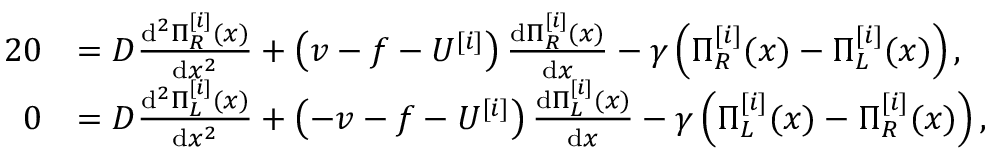
\begin{array} { r l } { { 2 } 0 } & { = D \frac { \mathrm { d } ^ { 2 } \Pi _ { R } ^ { [ i ] } ( x ) } { \mathrm { d } x ^ { 2 } } + \left( v - f - U ^ { [ i ] } \right) \frac { \mathrm { d } \Pi _ { R } ^ { [ i ] } ( x ) } { \mathrm { d } x } - \gamma \left( \Pi _ { R } ^ { [ i ] } ( x ) - \Pi _ { L } ^ { [ i ] } ( x ) \right) , } \\ { 0 } & { = D \frac { \mathrm { d } ^ { 2 } \Pi _ { L } ^ { [ i ] } ( x ) } { \mathrm { d } x ^ { 2 } } + \left( - v - f - U ^ { [ i ] } \right) \frac { \mathrm { d } \Pi _ { L } ^ { [ i ] } ( x ) } { \mathrm { d } x } - \gamma \left( \Pi _ { L } ^ { [ i ] } ( x ) - \Pi _ { R } ^ { [ i ] } ( x ) \right) , } \end{array}